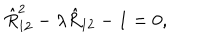
\hat { R } _ { 1 2 } ^ { 2 } - \lambda \hat { R } _ { 1 2 } - 1 = 0 ,